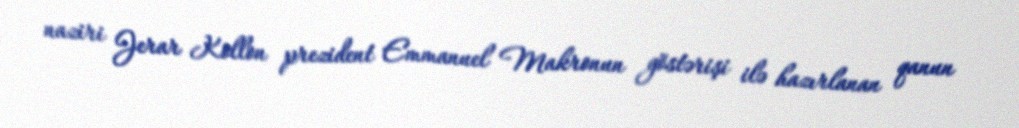
naziri Jerar Kollon prezident Emmanuel Makronun göstərişi ilə hazırlanan qanun